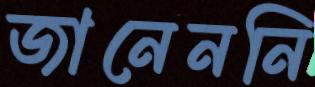
জানেননি